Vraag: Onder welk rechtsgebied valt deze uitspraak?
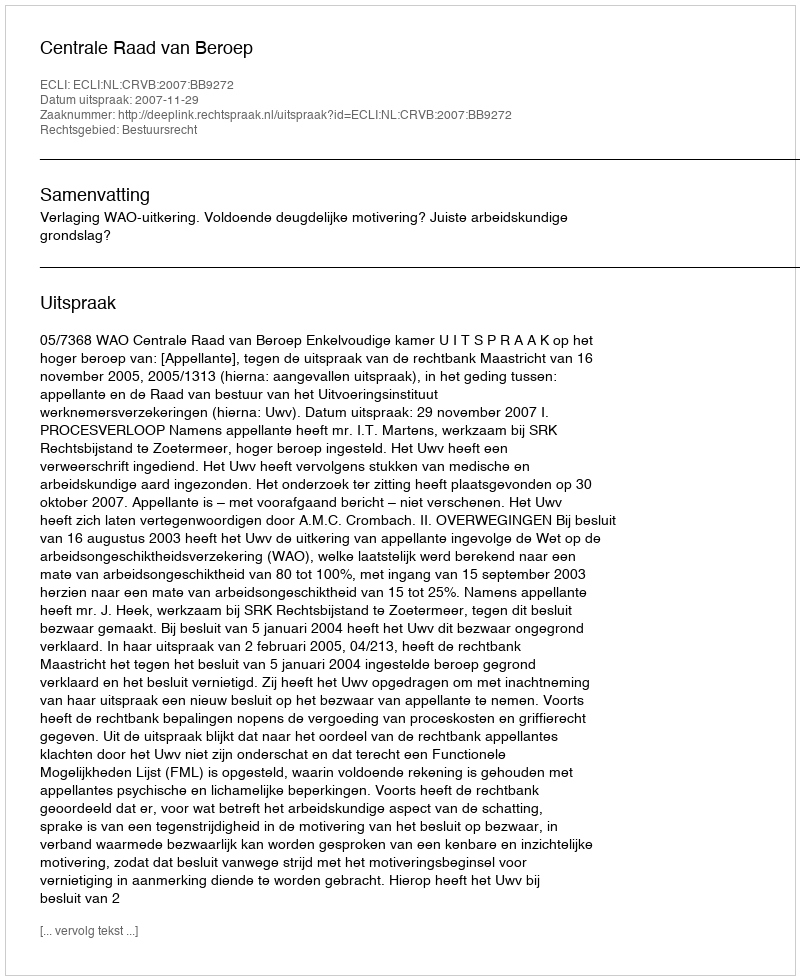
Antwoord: Bestuursrecht